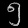
Digit: ၅